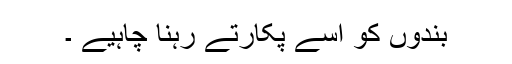
بندوں کو اسے پکارتے رہنا چاہیے ۔